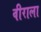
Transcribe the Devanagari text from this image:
वीराला